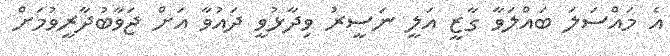
އެ މައްސަލަ ބައްލަވާ ގާޒީ އަލީ ނަސީރު ވިދާޅުވީ ދައުވާ އަށް ޖަވާބުދާރީވުމަށް